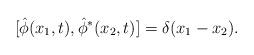
LaTeX: \begin{align*}[\hat\phi(x_1,t),\hat\phi^{*}(x_2,t)]=\delta(x_1-x_2).\end{align*}